Vital statistics of India. Vol. V, Reports of 1876 on armies & jails and on epidemic cholera
Year: 1876
Disease focus: Cholera
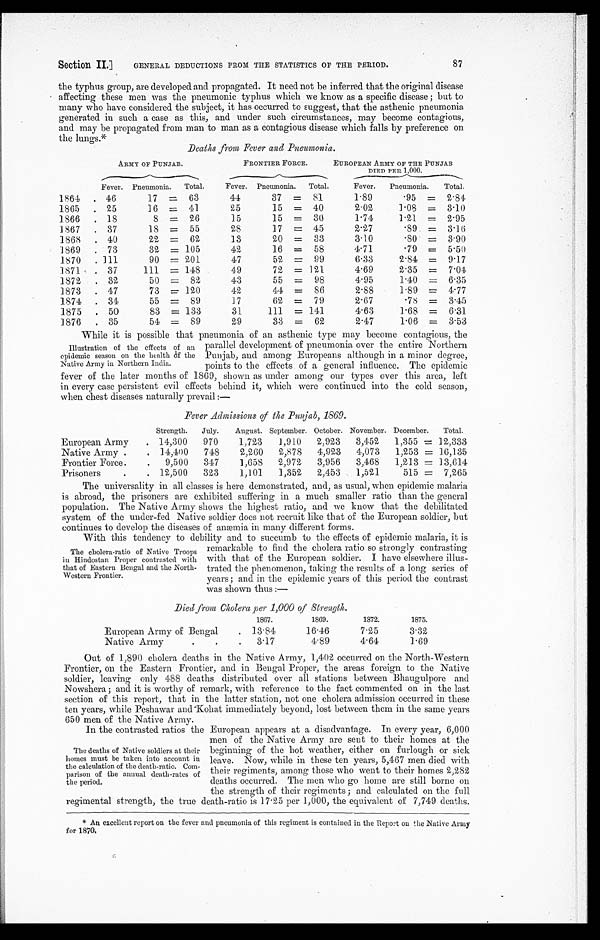
Section II.]
GENERAL DEDUCTIONS FROM THE STATISTICS OF THE PERIOD.
87
the typhus group, are developed and propagated. It need not be inferred that the original disease
affecting these men was the pneumonic typhus which we know as a specific disease; but to
many who have considered the subject, it has occurred to suggest, that the asthenic pneumonia
generated in such a case as this, and under such circumstances, may become contagious,
and may be propagated from man to man as a contagious disease which falls by preference on
the lungs.*
Deaths from Fever and Pneumonia.
ARMY OF PUNJAB.
FRONTIER FORCE.
EUROPEAN ARMY OF THE PUNJAB
DIED PER 1,000.
Fever. Pneumonia. Total.
Fever. Pneumonia. Total.
Fever. Pneumonia. Total.
1864
46
17 = 63
44
37 = 81
1.89
.95 = 2.84
1865
25
16 = 41
25
15 = 40
2.02
1.08 = 3.10
1866
18
8 = 26
15
15 = 30
1.74
1.21 = 2.95
1867
37
18 = 55
28
17 = 45
2.27
.89 = 3.16
1868
40
22 = 62
13
20 = 33
3.10
.80 = 3.90
1869
73
32 = 105
42
16 = 58
4.71
.79 = 5.50
1870
111
90 = 201
47
52 = 99
6.33
2.84 = 9. 17
1871
37
111 = 148
49
72 = 121
4.69
2.35 = 7.04
1872
32
50 = 82
43
55 = 98
4.95
1.40 = 6.35
1873
47
73 = 120
42
44 = 86
2.88
1.89 = 4.77
1874
34
55 = 89
17
62 = 79
2.67
.78 = 3.45
1875
50
83 = 133
31
111 = 141
4.63
1.68 = 6.31
1876
35
54 = 89
29
33 = 62
2.47
1.06 = 3.53
While it is possible that pneumonia of an asthenic type may become contagious, the
parallel development of pneumonia over the entire Northern
Punjab, and among Europeans although in a minor degree,
points to the effects of a general influence. The epidemic
fever of the later months of 1869, shown as under among our types over this area, left
in every case persistent evil effects behind it, which were continued into the cold season,
when chest diseases naturally prevail:—
Fever Admissions of the Punjab, 1869.
Strength. July. August. September. October. November. December. Total.
European Army
14,300 970
1,723 1,910 2,923 3,452 1,355 = 12,333
Native Army
14,400 748
2,260 2,878 4,923 4,073 1,253 = 16,135
Frontier Force.
9,500 347
1,658 2,972 3,956 3,468 1,213 = 13,614
Prisoners
12,500 323
1,101 1,352 2,453 1,521
515 = 7,265
The universality in all classes is here demonstrated, and, as usual, when epidemic malaria
is abroad, the prisoners are exhibited suffering in a much smaller ratio than the general
population. The Native Army shows the highest ratio, and we know that the debilitated
system of the under-fed Native soldier does not recruit like that of the European soldier, but
continues to develop the diseases of anæmia in many different forms.
With this tendency to debility and to succumb to the effects of epidemic malaria, it is
remarkable to find the cholera ratio so strongly contrasting
with that of the European soldier. I have elsewhere illus
-trated the phenomenon, taking the results of a long series of
years; and in the epidemic years of this period the contrast
was shown thus:—
Died from Cholera per 1,000 of Strength.
1867.
1869.
1872.
1875.
European Army of Bengal
13.84
16.46
7.25
3.32
Native Army
3.17
4.89
4.64
1.69
Out of 1,890 cholera deaths in the Native Army, 1,402 occurred on the North-Western
Frontier, on the Eastern Frontier, and in Bengal Proper, the areas foreign to the Native
soldier, leaving only 488 deaths distributed over all stations between Bhaugulpore and
Nowshera; and it is worthy of remark, with reference to the fact commented on in the last
section of this report, that in the latter station, not one cholera admission occurred in these
ten years, while Peshawar and Kohat immediately beyond, lost between them in the same years
650 men of the Native Army.
In the contrasted ratios the European appears at a disadvantage. In every year, 6,000
men of the Native Army are sent to their homes at the
beginning of the hot weather, either on furlough or sick
leave. Now, while in these ten years, 5,467 men died with
their regiments, among those who went to their homes 2,282
deaths occurred. The men who go home are still borne on
the strength of their regiments; and calculated on the full
regimental strength, the true death-ratio is 17.25 per 1,000, the equivalent of 7,749 deaths.
* An excellent report on the fever and pneumonia of this regiment is contained in the Report on the Native Army
for 1870.
Illustration of the effects of an
epidemic season on the health of the
Native Army in Northern India.
The cholera-ratio of Native Troops
in Hindostan Proper contrasted with
that of Eastern Bengal and the North-
Western Frontier.
The deaths of Native soldiers at their
homes must be taken into account in
the calculation of the death-ratio. Com
- p a r i s o n o f t h e a n n u a l d e a t h - r a t e s o f
the period.